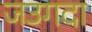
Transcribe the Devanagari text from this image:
जउगदा